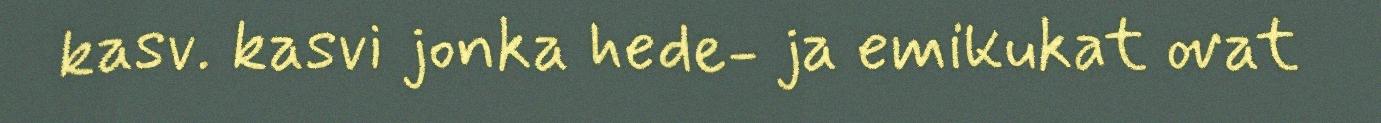
kasv. kasvi jonka hede- ja emikukat ovat